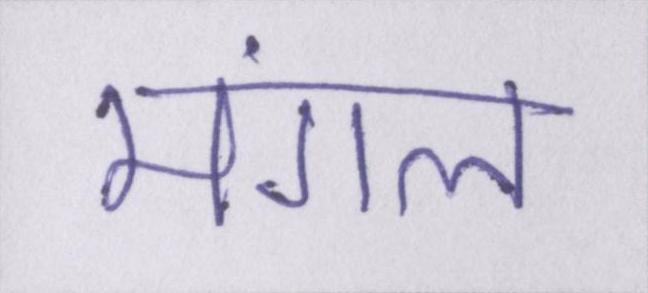
मंगल